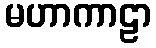
မဟာကာဠာ